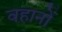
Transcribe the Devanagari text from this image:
वहानों